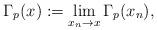
LaTeX: \begin{align*}\Gamma_p(x):=\lim_{x_n\rightarrow x}\Gamma_p(x_n),\end{align*}